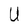
Character: U